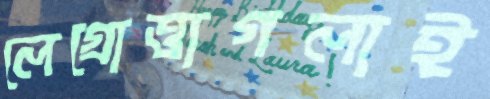
লেগ্রোত্তাগলাই